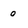
Character: o